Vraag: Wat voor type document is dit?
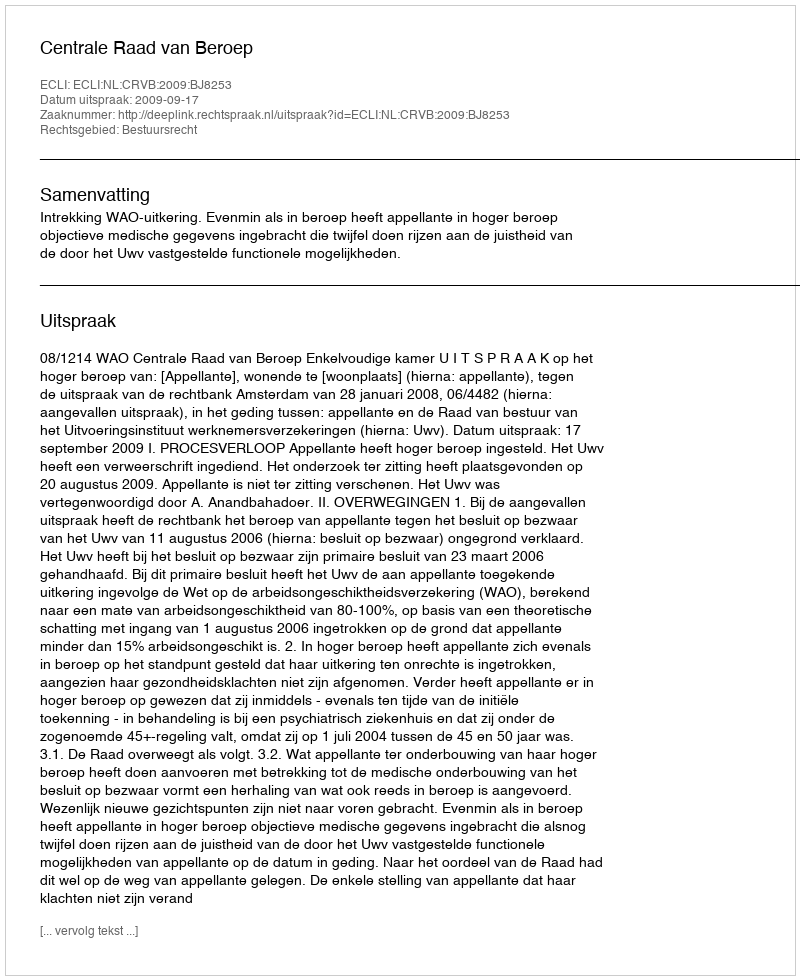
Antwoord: Uitspraak